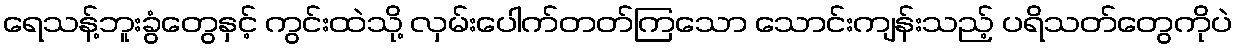
ရေသန့်ဘူးခွံတွေနှင့် ကွင်းထဲသို့ လှမ်းပေါက်တတ်ကြသော သောင်းကျန်းသည့် ပရိသတ်တွေကိုပဲ